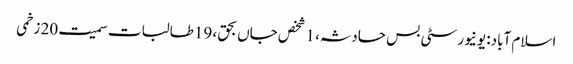
اسلام آباد: یونیورسٹی بس حادثہ، 1 شخص جاں بحق، 19طالبات سمیت20 زخمی